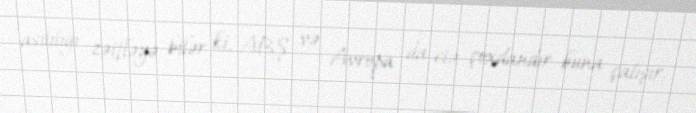
asılılığı zəifləyə bilər ki, ABŞ və Avropa da elə çoxdandır buna çalışır.